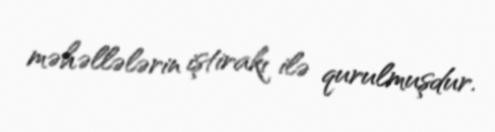
məhəllələrin iştirakı ilə qurulmuşdur.